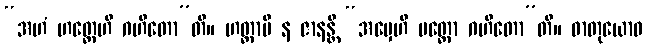
“အဟံ ဟတ္ထေဟိ ဂဟိတော”တိ။ ဟတ္ထာပိ န ဇာနန္တိ “အမှေဟိ ပတ္တော ဂဟိတော”တိ။ ဓာတုယောဝ